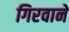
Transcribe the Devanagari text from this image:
गिरवाने